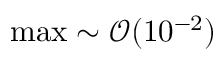
\operatorname* { m a x } \sim \mathcal { O } ( 1 0 ^ { - 2 } )